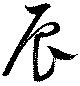
辰